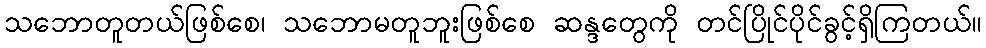
သဘောတူတယ်ဖြစ်စေ၊ သဘောမတူဘူးဖြစ်စေ ဆန္ဒတွေကို တင်ပြိုင်ပိုင်ခွင့်ရှိကြတယ်။